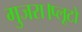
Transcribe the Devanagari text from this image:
गुजरा।प्लूटो